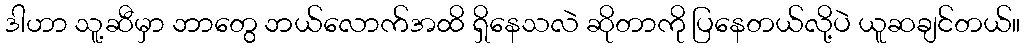
ဒါဟာ သူ့ဆီမှာ ဘာတွေ ဘယ်လောက်အထိ ရှိနေသလဲ ဆိုတာကို ပြနေတယ်လို့ပဲ ယူဆချင်တယ်။